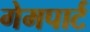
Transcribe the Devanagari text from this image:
गेमपार्ट